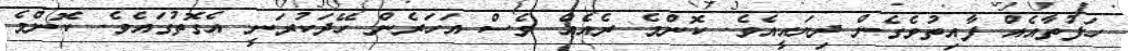
ހަފުތާއެއް ފާއިތުވެގެން ދިޔައީއެވެ. ކޮންމެ ރެއެއް ވެސް އަހަރެން ހޭދަކުރަނީ އެގޮތުގައެވެ. ކޮންމެ